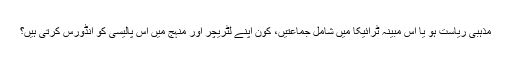
مذہبی ریاست ہو یا اس مبینہ ٹرائیکا میں شامل جماعتیں، کون اپنے لٹریچر اور منہج میں اس پالیسی کو انڈورس کرتی ہیں؟